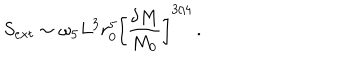
S _ { e x t } \sim \omega _ { 5 } L ^ { 3 } r _ { 0 } ^ { 5 } \left[ { \frac { \delta M } { M _ { 0 } } } \right] ^ { 3 / 4 } \, .